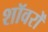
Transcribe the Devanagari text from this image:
शॉवरों